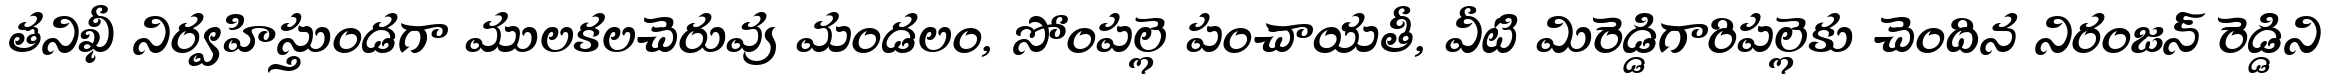
తనిఖీ నిర్వహిస్తుండగా ములకలచెరువు మండలం, సోంపల్లె పంచాయతీ, వీటి మిరెడ్డిగారిపల్లెకు చెందిన నిరంజన్ రెడ్డిని